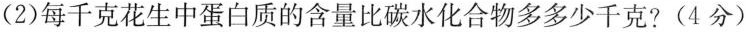
(2)每千克花生中蛋白质的含量比碳水化合物多多少千克？(4分)